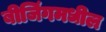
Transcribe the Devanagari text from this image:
बीजिंगमधील